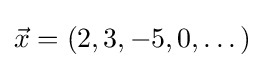
{\vec {x}}=(2,3,-5,0,\dots )